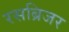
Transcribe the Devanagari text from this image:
रसब्रिजर